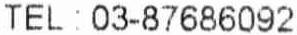
TEL : 03-87686092